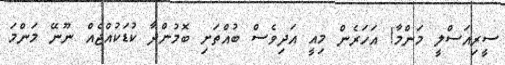
ސީރިއަސްލީ މަންމާ! އަހަރެން މިއީ އަދިވެސް ބުއްތަށި ބޮމުންދާ ކުޑަކުއްޖެއް ނޫނޭ މަންމަ